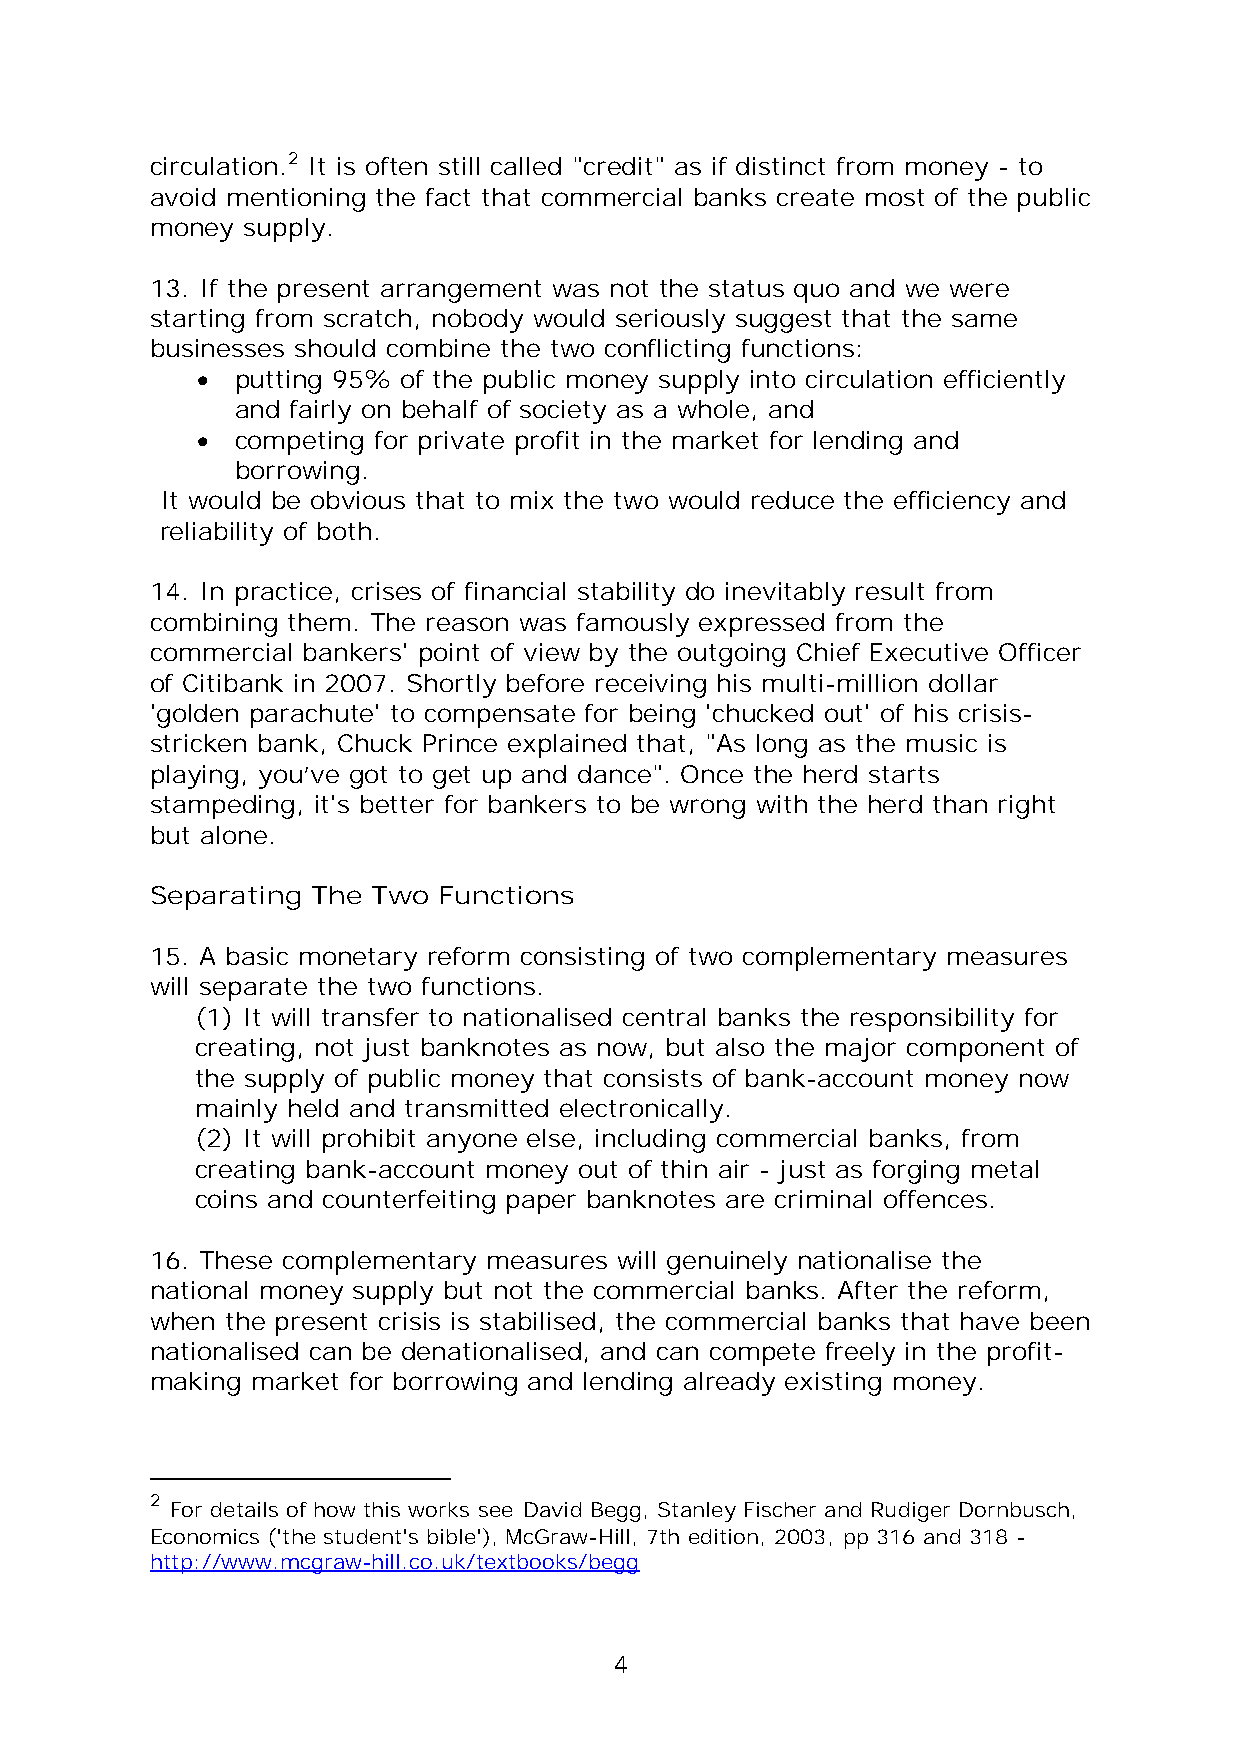
circulation.2 It is often still called "credit" as if distinct from money - to
 avoid mentioning the fact that commercial banks create most of the public
 money supply.
 13. If the present arrangement was not the status quo and we were
 starting from scratch, nobody would seriously suggest that the same
 businesses should combine the two conflicting functions:
   putting 95% of the public money supply into circulation efficiently
 and fairly on behalf of society as a whole, and
   competing for private profit in the market for lending and
 borrowing.
 It would be obvious that to mix the two would reduce the efficiency and
 reliability of both.
 14. In practice, crises of financial stability do inevitably result from
 combining them. The reason was famously expressed from the
 commercial bankers' point of view by the outgoing Chief Executive Officer
 of Citibank in 2007. Shortly before receiving his multi-million dollar
 'golden parachute' to compensate for being 'chucked out' of his crisis-
 stricken bank, Chuck Prince explained that, "As long as the music is
 playing, you’ve got to get up and dance". Once the herd starts
 stampeding, it's better for bankers to be wrong with the herd than right
 but alone.
 Separating The Two Functions
 15. A basic monetary reform consisting of two complementary measures
 will separate the two functions.
 (1) It will transfer to nationalised central banks the responsibility for
 creating, not just banknotes as now, but also the major component of
 the supply of public money that consists of bank-account money now
 mainly held and transmitted electronically.
 (2) It will prohibit anyone else, including commercial banks, from
 creating bank-account money out of thin air - just as forging metal
 coins and counterfeiting paper banknotes are criminal offences.
 16. These complementary measures will genuinely nationalise the
 national money supply but not the commercial banks. After the reform,
 when the present crisis is stabilised, the commercial banks that have been
 nationalised can be denationalised, and can compete freely in the profit-
 making market for borrowing and lending already existing money.
 2
 For details of how this works see David Begg, Stanley Fischer and Rudiger Dornbusch,
 Economics ('the student's bible'), McGraw-Hill, 7th edition, 2003, pp 316 and 318 -
 http://www.mcgraw-hill.co.uk/textbooks/begg
 4